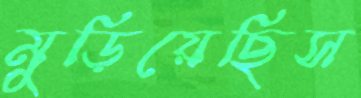
মুড়িয়েছিস